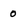
Character: 0